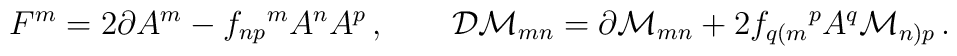
F^{m} = 2\partial A^{m} -f_{np}{}^{m}A^{n}A^{p} \,, \qquad  {\cal D} {\cal M}_{mn} = \partial {\cal M}_{mn} + 2 f_{q(m}{}^{p} A^{q} {\cal M}_{n)p} \,.